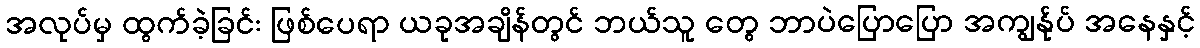
အလုပ်မှ ထွက်ခဲ့ခြင်း ဖြစ်ပေရာ ယခုအချိန်တွင် ဘယ်သူ တွေ ဘာပဲပြောပြော အကျွန်ုပ် အနေနှင့်